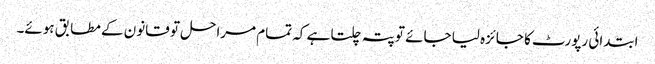
ابتدائی رپورٹ کا جائزہ لیا جائے تو پتہ چلتا ہے کہ تمام مراحل تو قانون کے مطابق ہوئے۔